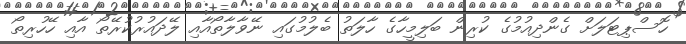
ހޮސްޕިޓަލަށް ގެންދިއުމުގެ ކުރިން ބަލިމީހާގެ ހާލަތު ބެލުމުގައި ނޭވާލާތޯއާއި ލޭދައުރުކުރޭތޯ އާއި ހޭހުރިތޯ